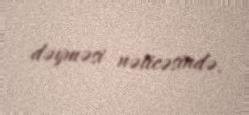
dəyməsi nəticəsində.